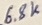
Text: 6.8K